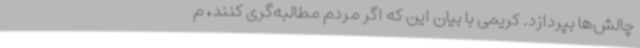
چالش‌ها بپردازد. کریمی با بیان این که اگر مردم مطالبه‌گری کنند، م